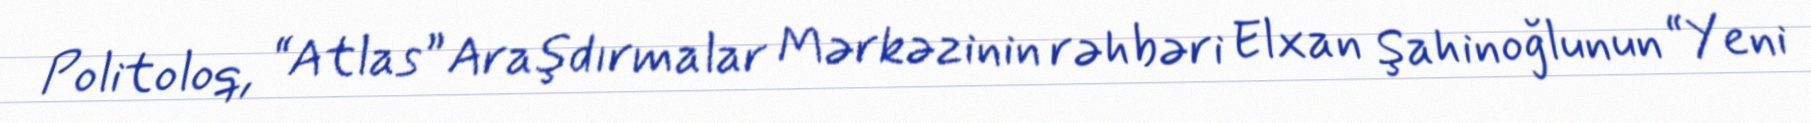
Politoloq, “Atlas” Araşdırmalar Mərkəzinin rəhbəri Elxan Şahinoğlunun “Yeni